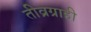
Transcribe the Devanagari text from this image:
तीव्रग्राही